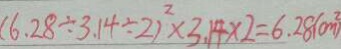
( 6 . 2 8 \div 3 . 1 4 \div 2 ) ^ { 2 } \times 3 . 1 4 \times 2 = 6 . 2 8 ( m ^ { 2 } )